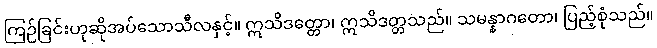
ကြဉ်ခြင်းဟုဆိုအပ်သောသီလနှင့်။ ဣသိဒတ္တော၊ ဣသိဒတ္တသည်။ သမန္နာဂတော၊ ပြည့်စုံသည်။